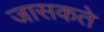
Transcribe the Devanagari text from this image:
जासकते